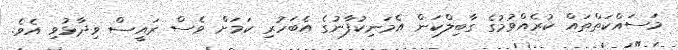
މަސައްކަތްތައް ކުރެއްވުމުގެ ގާބިލްކަން އެމަނިކުފާނުގެ އެބަހުރި ކަމަށް ވެސް ރައީސް ވިދާޅުވި އެވެ.